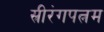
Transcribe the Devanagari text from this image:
स्रीरंगपत्नम